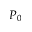
P _ { 0 }